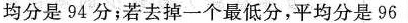
均分是94分；若去掉一个最低分，平均分是96